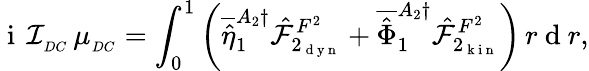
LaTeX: \mathrm{~i~}\, \mathcal{I}_{_{DC}}\, \mu_{_{DC}}=\int_{0}^{1}\left(\overline{{\hat{\eta}}}_{1}^{A_{2}\dagger}\hat{\mathcal{F}}_{2_{\mathrm{~d~y~n~}}}^{F^{2}}+\overline{{\hat{\Phi}}}_{1}^{A_{2}\dagger}\hat{\mathcal{F}}_{2_{\mathrm{~k~i~n~}}}^{F^{2}}\right)\, r\mathrm{~d~}r,